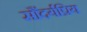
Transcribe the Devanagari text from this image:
सौंदर्यप्रिय